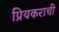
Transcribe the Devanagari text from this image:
प्रियकराची